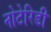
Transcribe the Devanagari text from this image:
नोटेरिडी